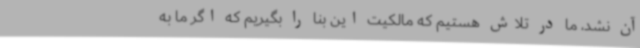
آن نشد، ما در تلاش هستیم که مالکیت این بنا را بگیریم که اگر ما به